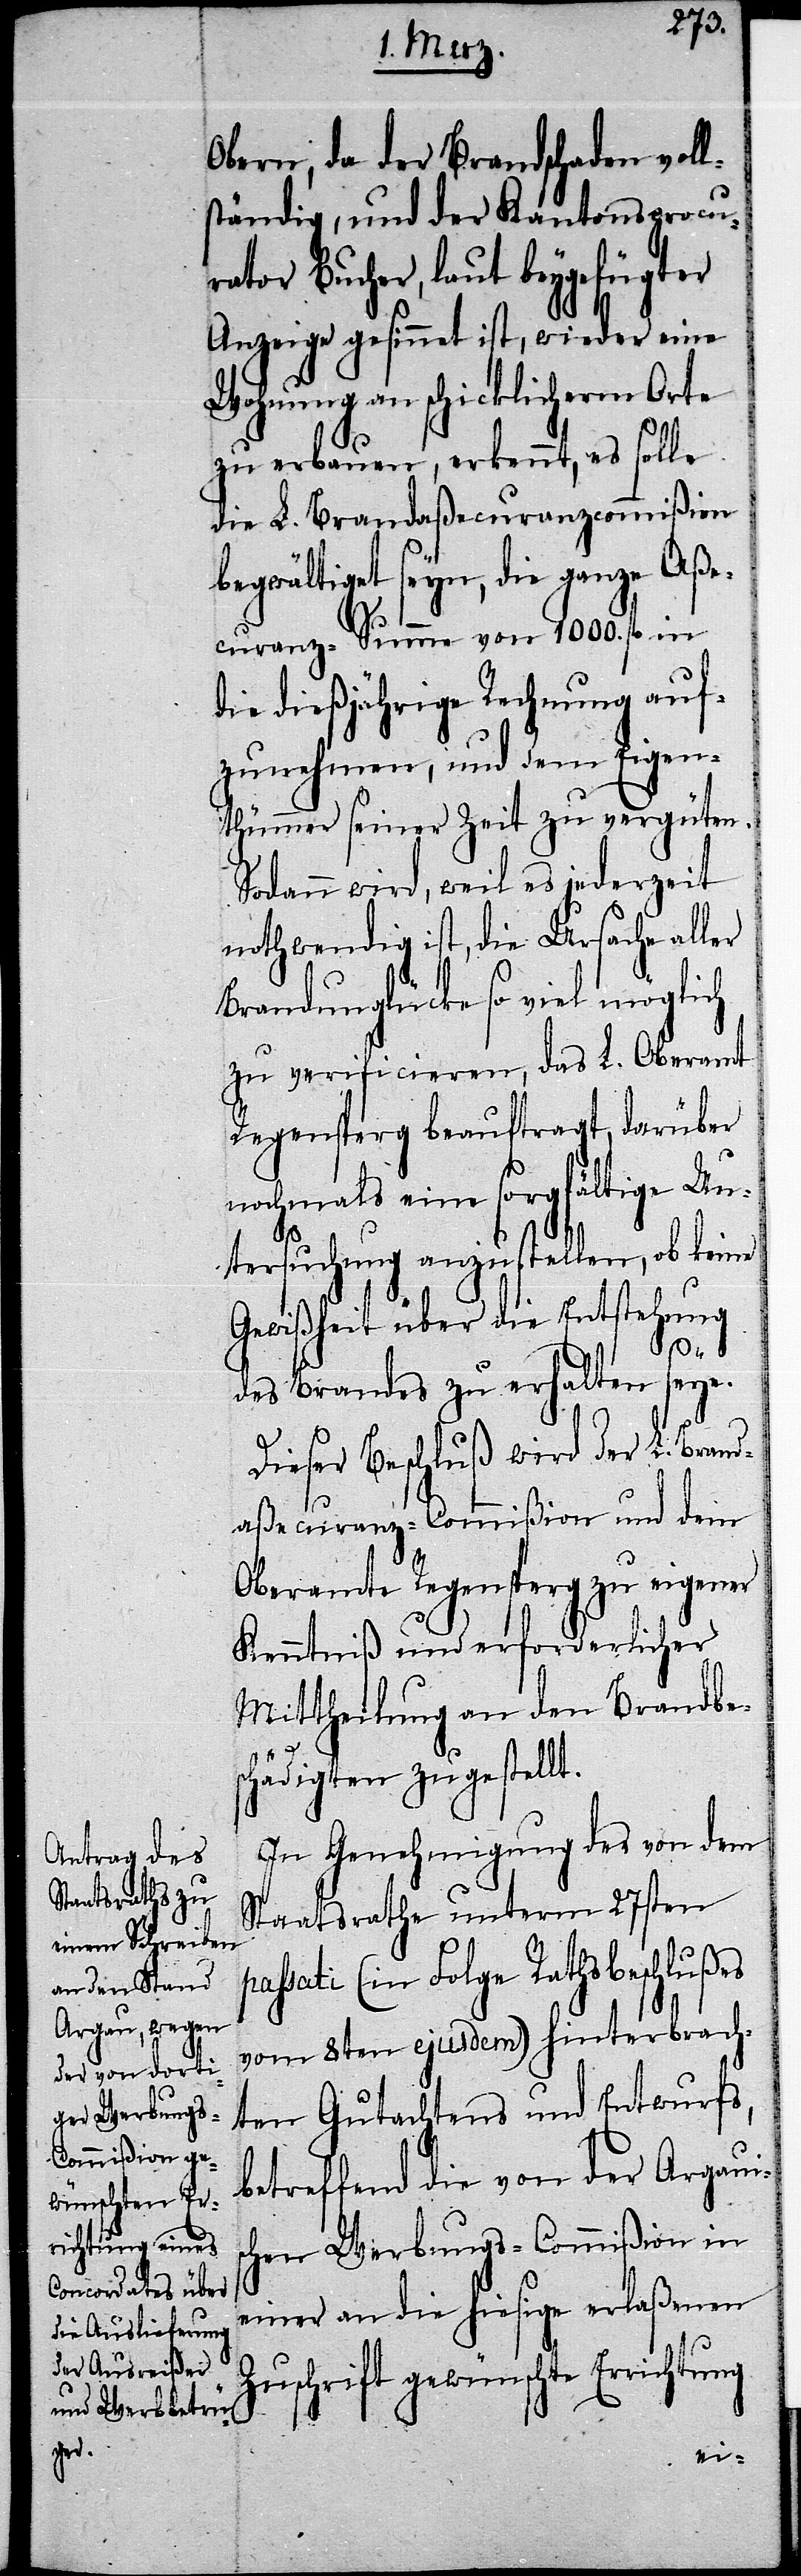
Z¬

Obern, da der Brandschaden voll¬
ständig, und der Kantonsprocu¬
rator Bucher, laut beygefügter
Anzeige gesinnet ist, wieder eine
Wohnung an schicklicherm Orte
zu erbauen, erkennt, es solle
die L. Brandaßecuranzcommißion
begwältiget seyn, die ganze Aße¬
curanz-Summe von 1000. fl. in
die dießjährige Rechnung auf¬
zunehmen, und dem Eigen¬
thümmer seiner Zeit zu vergüten.
Sodann wird, weil es jederzeit
nothwendig ist, die Ursache aller
Brandunglücke so viel möglich
zu verificieren, das L. Oberamt
Regensperg beauftragt, darüber
nochmals eine sorgfältige Un¬
tersuchung anzustellen, ob keine
Gewißheit über die Entstehung
des Brandes zu erhalten seye.
Dieser Beschluß wird der L. Brand¬
aßecuranz-Commißion und dem
Oberamte Regensperg zu eigener
Kenntniß und erforderlicher
Mittheilung an den Brandbes¬
chädigten zugestellt.
In Genehmigung des von dem
Staatsrathe unterm 27sten
passati (in Folge Rathsbeschlußes
vom 8ten ejusdem) hinterbrach¬
ten Gutachtens und Entwurfs,
betreffend die von der Argau¬
hen Werbungs-Commißion in
einer an die hiesige erlaßenen
uschrift gewünschte Errichtung
isc¬